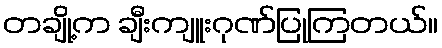
တချို့က ချီးကျူးဂုဏ်ပြုကြတယ်။